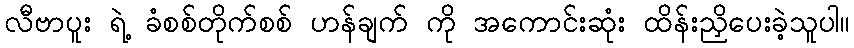
လီဗာပူး ရဲ့ ခံစစ်တိုက်စစ် ဟန်ချက် ကို အကောင်းဆုံး ထိန်းညှိပေးခဲ့သူပါ။